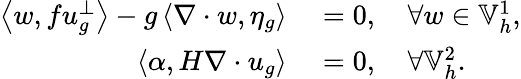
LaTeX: \begin{array}{rl}{\left\langle w,fu_{g}^{\perp}\right\rangle-g\left\langle\nabla\cdot w,\eta_{g}\right\rangle}&{{}=0,\quad\forall w\in\mathbb{V}_{h}^{1},}\\ {\left\langle\alpha,H\nabla\cdot u_{g}\right\rangle}&{{}=0,\quad\forall\mathbb{V}_{h}^{2}.}\end{array}